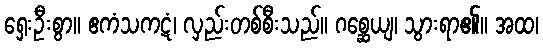
ရှေးဦးစွာ။ ဧကံသကဋံ၊ လှည်းတစ်စီးသည်။ ဂစ္ဆေယျ၊ သွားရာ၏။ အထ၊